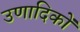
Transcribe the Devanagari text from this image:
उणादिकों